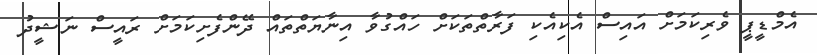
އެމްޑީޕީ ވެރިކަމަށް އައިސް އެކިއެކި ފަރާތްތަކަށް ހައްގުވާ އިނާޔަތްތައް ދޭންފެށިކަމަށް ރައީސް ނަޝީދު